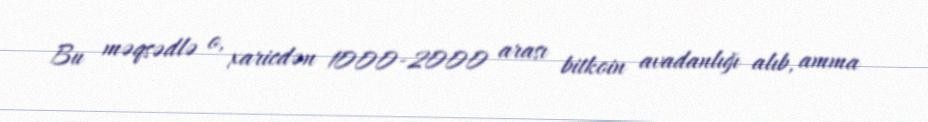
Bu məqsədlə o, xaricdən 1000-2000 arası bitkoin avadanlığı alıb, amma